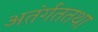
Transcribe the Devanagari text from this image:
अतंर्गततथा